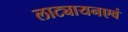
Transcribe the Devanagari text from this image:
लाट्यायनएवं